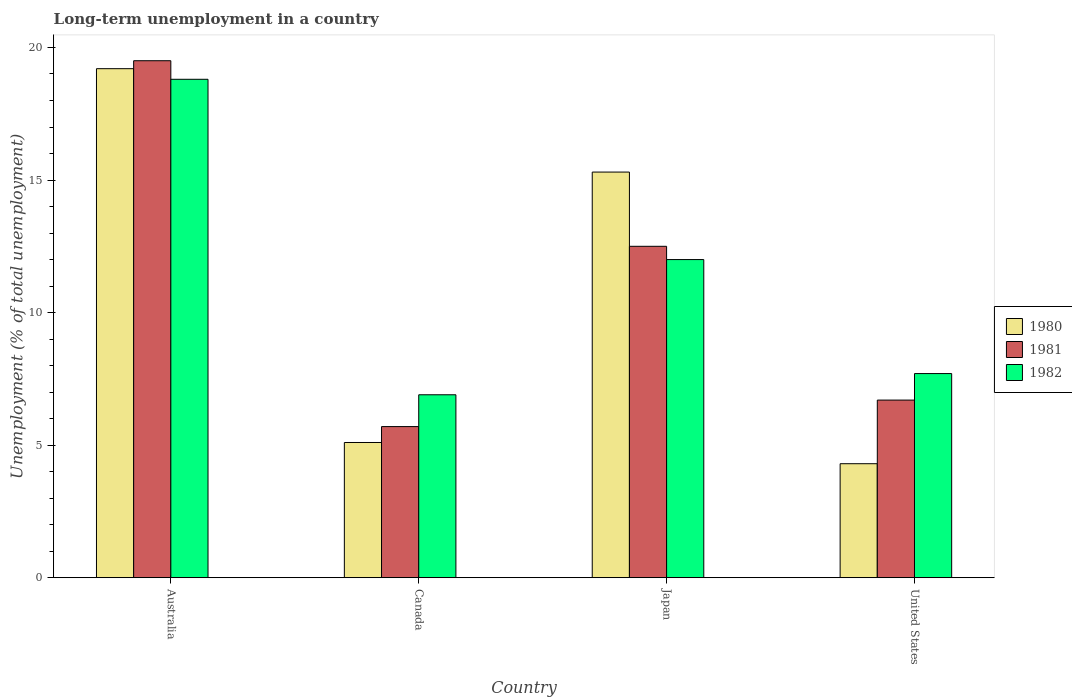
| Country | 1980 | 1981 | 1982 |
 | --- | --- | --- | --- |
 | Australia | 19.2 | 19.5 | 18.8 |
 | Canada | 5.1 | 5.7 | 6.9 |
 | Japan | 15.3 | 12.5 | 12 |
 | United States | 4.3 | 6.7 | 7.7 |